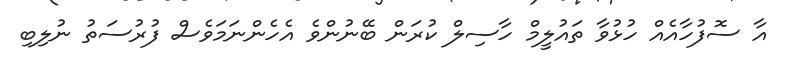
އާ ސޮފުހާއެއް ހުޅުވާ ތައުލީމް ހާސިލް ކުރަން ބޭނުންވެ އެހެންނަމަވެސް ފުރުސަތު ނުލިބި